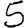
Digit: 5